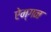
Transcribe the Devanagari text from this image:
ऐम्गन